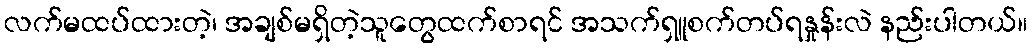
လက်မထပ်ထားတဲ့၊ အချစ်မရှိတဲ့သူတွေထက်စာရင် အသက်ရှူစက်တပ်ရနှုန်းလဲ နည်းပါတယ်။